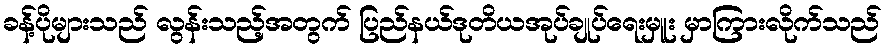
ခန့်ပိုများသည် လွန်းသည့်အတွက် ပြည်နယ်ဒုတိယအုပ်ချုပ်ရေးမှူး မှာကြားလိုက်သည်